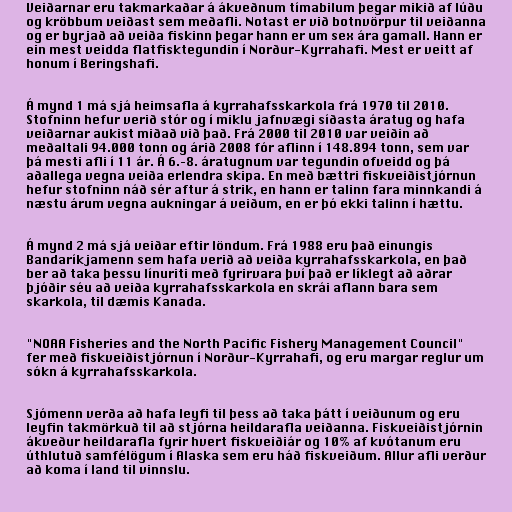
Veiðarnar eru takmarkaðar á ákveðnum tímabilum þegar mikið af lúðu
og kröbbum veiðast sem meðafli. Notast er við botnvörpur til veiðanna
og er byrjað að veiða fiskinn þegar hann er um sex ára gamall. Hann er
ein mest veidda flatfisktegundin í Norður-Kyrrahafi. Mest er veitt af
honum í Beringshafi.

Á mynd 1 má sjá heimsafla á kyrrahafsskarkola frá 1970 til 2010.
Stofninn hefur verið stór og í miklu jafnvægi síðasta áratug og hafa
veiðarnar aukist miðað við það. Frá 2000 til 2010 var veiðin að
meðaltali 94.000 tonn og árið 2008 fór aflinn í 148.894 tonn, sem var
þá mesti afli í 11 ár. Á 6.–8. áratugnum var tegundin ofveidd og þá
aðallega vegna veiða erlendra skipa. En með bættri fiskveiðistjórnun
hefur stofninn náð sér aftur á strik, en hann er talinn fara minnkandi á
næstu árum vegna aukningar á veiðum, en er þó ekki talinn í hættu.

Á mynd 2 má sjá veiðar eftir löndum. Frá 1988 eru það einungis
Bandaríkjamenn sem hafa verið að veiða kyrrahafsskarkola, en það
ber að taka þessu línuriti með fyrirvara því það er líklegt að aðrar
þjóðir séu að veiða kyrrahafsskarkola en skrái aflann bara sem
skarkola, til dæmis Kanada.

"NOAA Fisheries and the North Pacific Fishery Management Council"
fer með fiskveiðistjórnun í Norður-Kyrrahafi, og eru margar reglur um
sókn á kyrrahafsskarkola.

Sjómenn verða að hafa leyfi til þess að taka þátt í veiðunum og eru
leyfin takmörkuð til að stjórna heildarafla veiðanna. Fiskveiðistjórnin
ákveður heildarafla fyrir hvert fiskveiðiár og 10% af kvótanum eru
úthlutuð samfélögum í Alaska sem eru háð fiskveiðum. Allur afli verður
að koma í land til vinnslu.